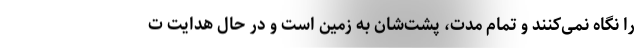
را نگاه نمی‌کنند و تمام مدت، پشت‌شان به زمین است و در حال هدایت ت